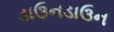
ડાઉનડાઉન